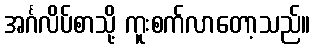
အင်္ဂလိပ်စာသို့ ကူးစက်လာတော့သည်။